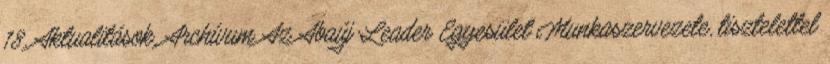
18. Aktualitások, Archívum Az Abaúj Leader Egyesület Munkaszervezete, tisztelettel